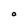
Character: O